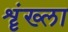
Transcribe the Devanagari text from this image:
शॄंख्ला